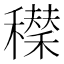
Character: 𥣆